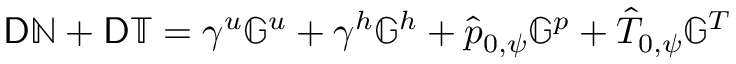
\mathsf { D } \mathbb { N } + \mathsf { D } \mathbb { T } = \gamma ^ { u } \mathbb { G } ^ { u } + \gamma ^ { h } \mathbb { G } ^ { h } + \hat { p } _ { 0 , \psi } \mathbb { G } ^ { p } + \hat { T } _ { 0 , \psi } \mathbb { G } ^ { T }